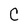
Character: C